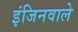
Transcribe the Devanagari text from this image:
इंजिनवाले